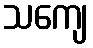
သကျေ